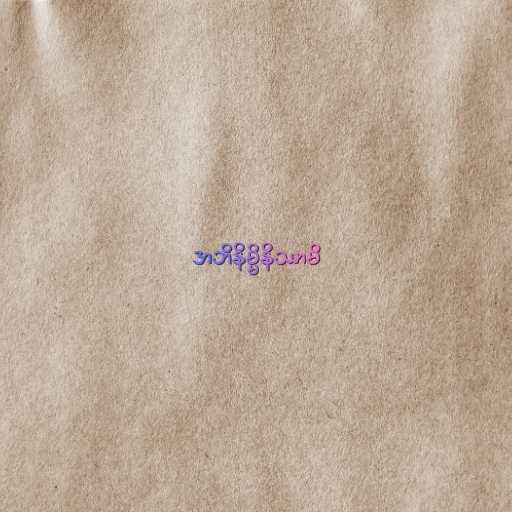
အဘိနိမ္မိနိဿာမိ